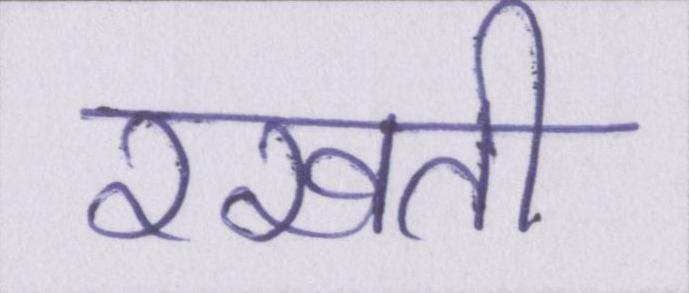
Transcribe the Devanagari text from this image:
रखती